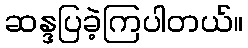
ဆန္ဒပြခဲ့ကြပါတယ်။